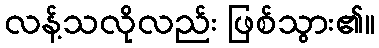
လန့်သလိုလည်း ဖြစ်သွား၏။